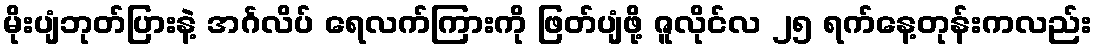
မိုးပျံဘုတ်ပြားနဲ့ အင်္ဂလိပ် ရေလက်ကြားကို ဖြတ်ပျံဖို့ ဇူလိုင်လ ၂၅ ရက်နေ့တုန်းကလည်း